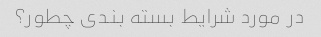
در مورد شرایط بسته بندی چطور؟